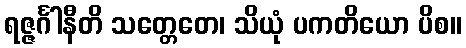
ရဇ္ဇင်္ဂါနီတိ သတ္တေတေ၊ သိယုံ ပကတိယော ပိစ။